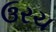
ઉરચ